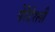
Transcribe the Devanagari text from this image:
पेरेंटेरली